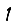
Digit: 1